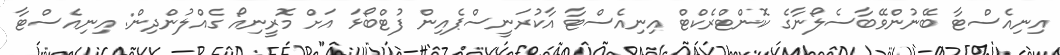
އިނިއެސްޓާ ބޭނުންވޭބާސެލޯނާގެ ކޮންޓްރެކްޓް އިނިއެސްޓާ އާކުރަނީސްޕެއިން ފުޓްބޯޅަ އަށް މޮރީނިއޯ ގެއްލުންދިން: އިނިއެސްޓާ